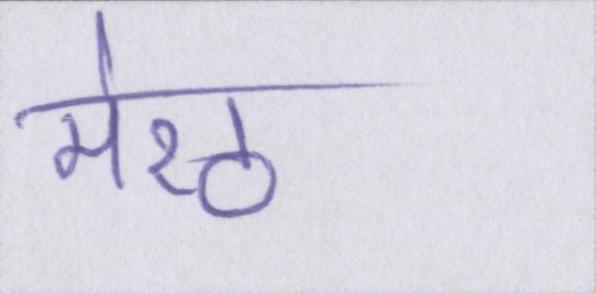
मेरठ